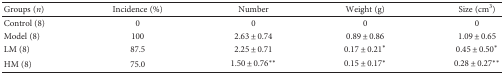
<table><thead><tr><td><b>Groups (<i>n</i>)</b></td><td><b>Incidence (%)</b></td><td><b>Number</b></td><td><b>Weight (g)</b></td><td><b>Size (cm<sup>3</sup>)</b></td></tr></thead><tbody><tr><td>Control (8)</td><td>0</td><td>0</td><td>0</td><td>0</td></tr><tr><td>Model (8)</td><td>100</td><td>2.63 ± 0.74</td><td>0.89 ± 0.86</td><td>1.09 ± 0.65</td></tr><tr><td>LM (8)</td><td>87.5</td><td>2.25 ± 0.71</td><td>0.17 ± 0.21<sup>∗</sup></td><td>0.45 ± 0.50<sup>∗</sup></td></tr><tr><td>HM (8)</td><td>75.0</td><td>1.50 ± 0.76<sup>∗∗</sup></td><td>0.15 ± 0.17<sup>∗</sup></td><td>0.28 ± 0.27<sup>∗∗</sup></td></tr></tbody></table>